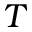
T